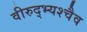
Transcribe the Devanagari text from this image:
वीरुद्भ्यश्चैव